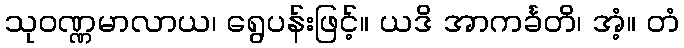
သုဝဏ္ဏမာလာယ၊ ရွေပန်းဖြင့်။ ယဒိ အာကင်္ခတိ၊ အံ့။ တံ